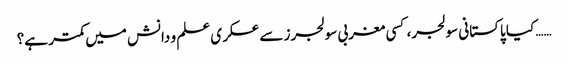
…… کیا پاکستانی سولجر، کسی مغربی سولجرز سے عسکری علم و دانش میں کمتر ہے؟